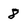
Character: 8